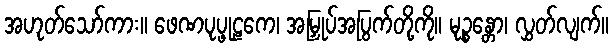
အဟုတ်သော်ကား။ ဖေဏပုပ္ဖုဠကေ၊ အမြှုပ်အပြွက်တို့ကို။ မုဉ္စန္တော၊ လွှတ်လျက်။